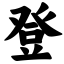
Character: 登